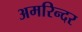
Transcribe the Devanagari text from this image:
अमरिन्दर